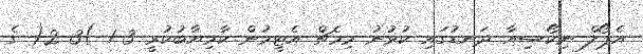
އެޕޯލް ނިކޯސިއާ ދަނޑުގައި ކުޅުނު މިމެޗް އެޓީމުން ކާމިޔާބުކުރީ 3-1 )3-2( ގެ